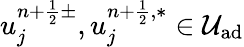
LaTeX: u_{j}^{n+\frac{1}{2}\pm},u_{j}^{n+\frac{1}{2},\ast}\in\mathcal{U}_{\textrm{ad}}